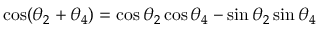
\cos ( \theta _ { 2 } + \theta _ { 4 } ) = \cos \theta _ { 2 } \cos \theta _ { 4 } - \sin \theta _ { 2 } \sin \theta _ { 4 }